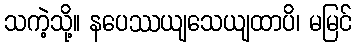
သကဲ့သို့။ နပေဿယျသေယျထာပိ၊ မမြင်